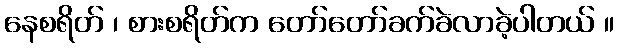
နေစရိတ် ၊ စားစရိတ်က တော်တော်ခက်ခဲလာခဲ့ပါတယ် ။